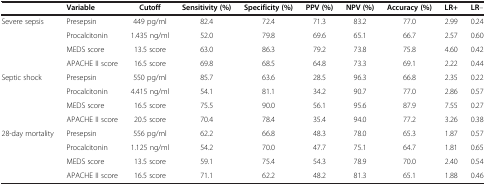
|  | Variable | Cutoff | Sensitivity (%) | Specificity (%) | PPV (%) | NPV (%) | Accuracy (%) | LR+ | LR– |
 | --- | --- | --- | --- | --- | --- | --- | --- | --- | --- |
 | Severe sepsis | Presepsin | 449 pg/ml | 82.4 | 72.4 | 71.3 | 83.2 | 77.0 | 2.99 | 0.24 |
 |  | Procalcitonin | 1.435 ng/ml | 52.0 | 79.8 | 69.6 | 65.1 | 66.7 | 2.57 | 0.60 |
 |  | MEDS score | 13.5 score | 63.0 | 86.3 | 79.2 | 73.8 | 75.8 | 4.60 | 0.42 |
 |  | APACHE II score | 16.5 score | 69.8 | 68.5 | 64.8 | 73.3 | 69.1 | 2.22 | 0.44 |
 | Septic shock | Presepsin | 550 pg/ml | 85.7 | 63.6 | 28.5 | 96.3 | 66.8 | 2.35 | 0.22 |
 |  | Procalcitonin | 4.415 ng/ml | 54.1 | 81.1 | 34.2 | 90.7 | 77.0 | 2.86 | 0.57 |
 |  | MEDS score | 16.5 score | 75.5 | 90.0 | 56.1 | 95.6 | 87.9 | 7.55 | 0.27 |
 |  | APACHE II score | 20.5 score | 70.4 | 78.4 | 35.4 | 94.0 | 77.2 | 3.26 | 0.38 |
 | 28-day mortality | Presepsin | 556 pg/ml | 62.2 | 66.8 | 48.3 | 78.0 | 65.3 | 1.87 | 0.57 |
 |  | Procalcitonin | 1.125 ng/ml | 54.2 | 70.0 | 47.7 | 75.1 | 64.7 | 1.81 | 0.65 |
 |  | MEDS score | 13.5 score | 59.1 | 75.4 | 54.3 | 78.9 | 70.0 | 2.40 | 0.54 |
 |  | APACHE II score | 16.5 score | 71.1 | 62.2 | 48.2 | 81.3 | 65.1 | 1.88 | 0.46 |